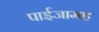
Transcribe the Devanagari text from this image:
पाईजामह